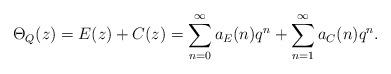
LaTeX: \begin{align*}\Theta_{Q}(z) = E(z) + C(z) = \sum_{n=0}^{\infty} a_{E}(n) q^{n} +\sum_{n=1}^{\infty} a_{C}(n) q^{n}.\end{align*}